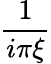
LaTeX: \frac{1}{i\pi\xi}